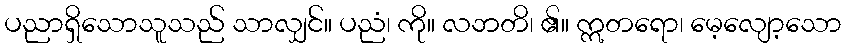
ပညာရှိသောသူသည် သာလျှင်။ ပညံ၊ ကို။ လဘတိ၊ ၏။ ဣတရော၊ မေ့လျော့သော